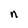
Character: n